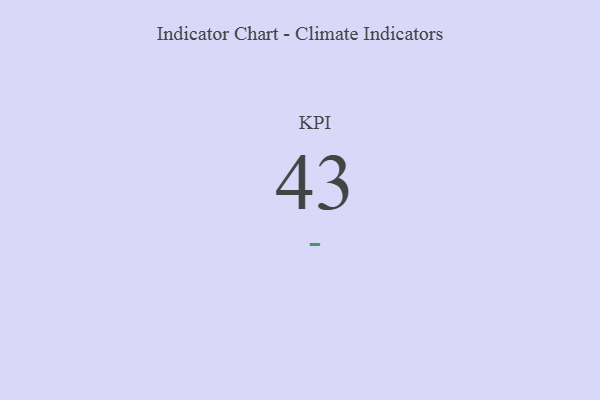
{"axis": {"x": "KPI", "y": "Value"}, "legend": [""], "data": [{"x": "KPI", "y": 43, "type": ""}]}